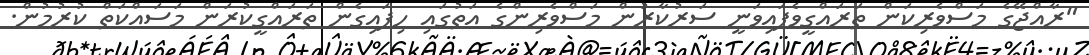
"ރާއްޖޭގެ މަސްވެރިކަން ތަރައްގީވެފައިވަނީ ސަރުކާރުން މަސްވެރިންގެ އަތުގައި ހިފައިގެން ތަރައްގީކުރަން މަސައްކަތް ކުރުމުން.